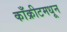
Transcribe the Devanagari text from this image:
काँक्रीटमधून